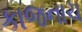
કાજનાચ